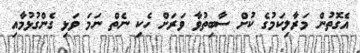
އެގޮތުން މަރާލިކަމުގެ ކުށް ސާބިތުވާ ވަރަށް ހެކި ނެތް ނަމަ ވަޅި ގެންގުޅުމާއި